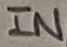
Text: IN